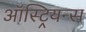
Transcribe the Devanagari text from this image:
ऑस्ट्रियन्स